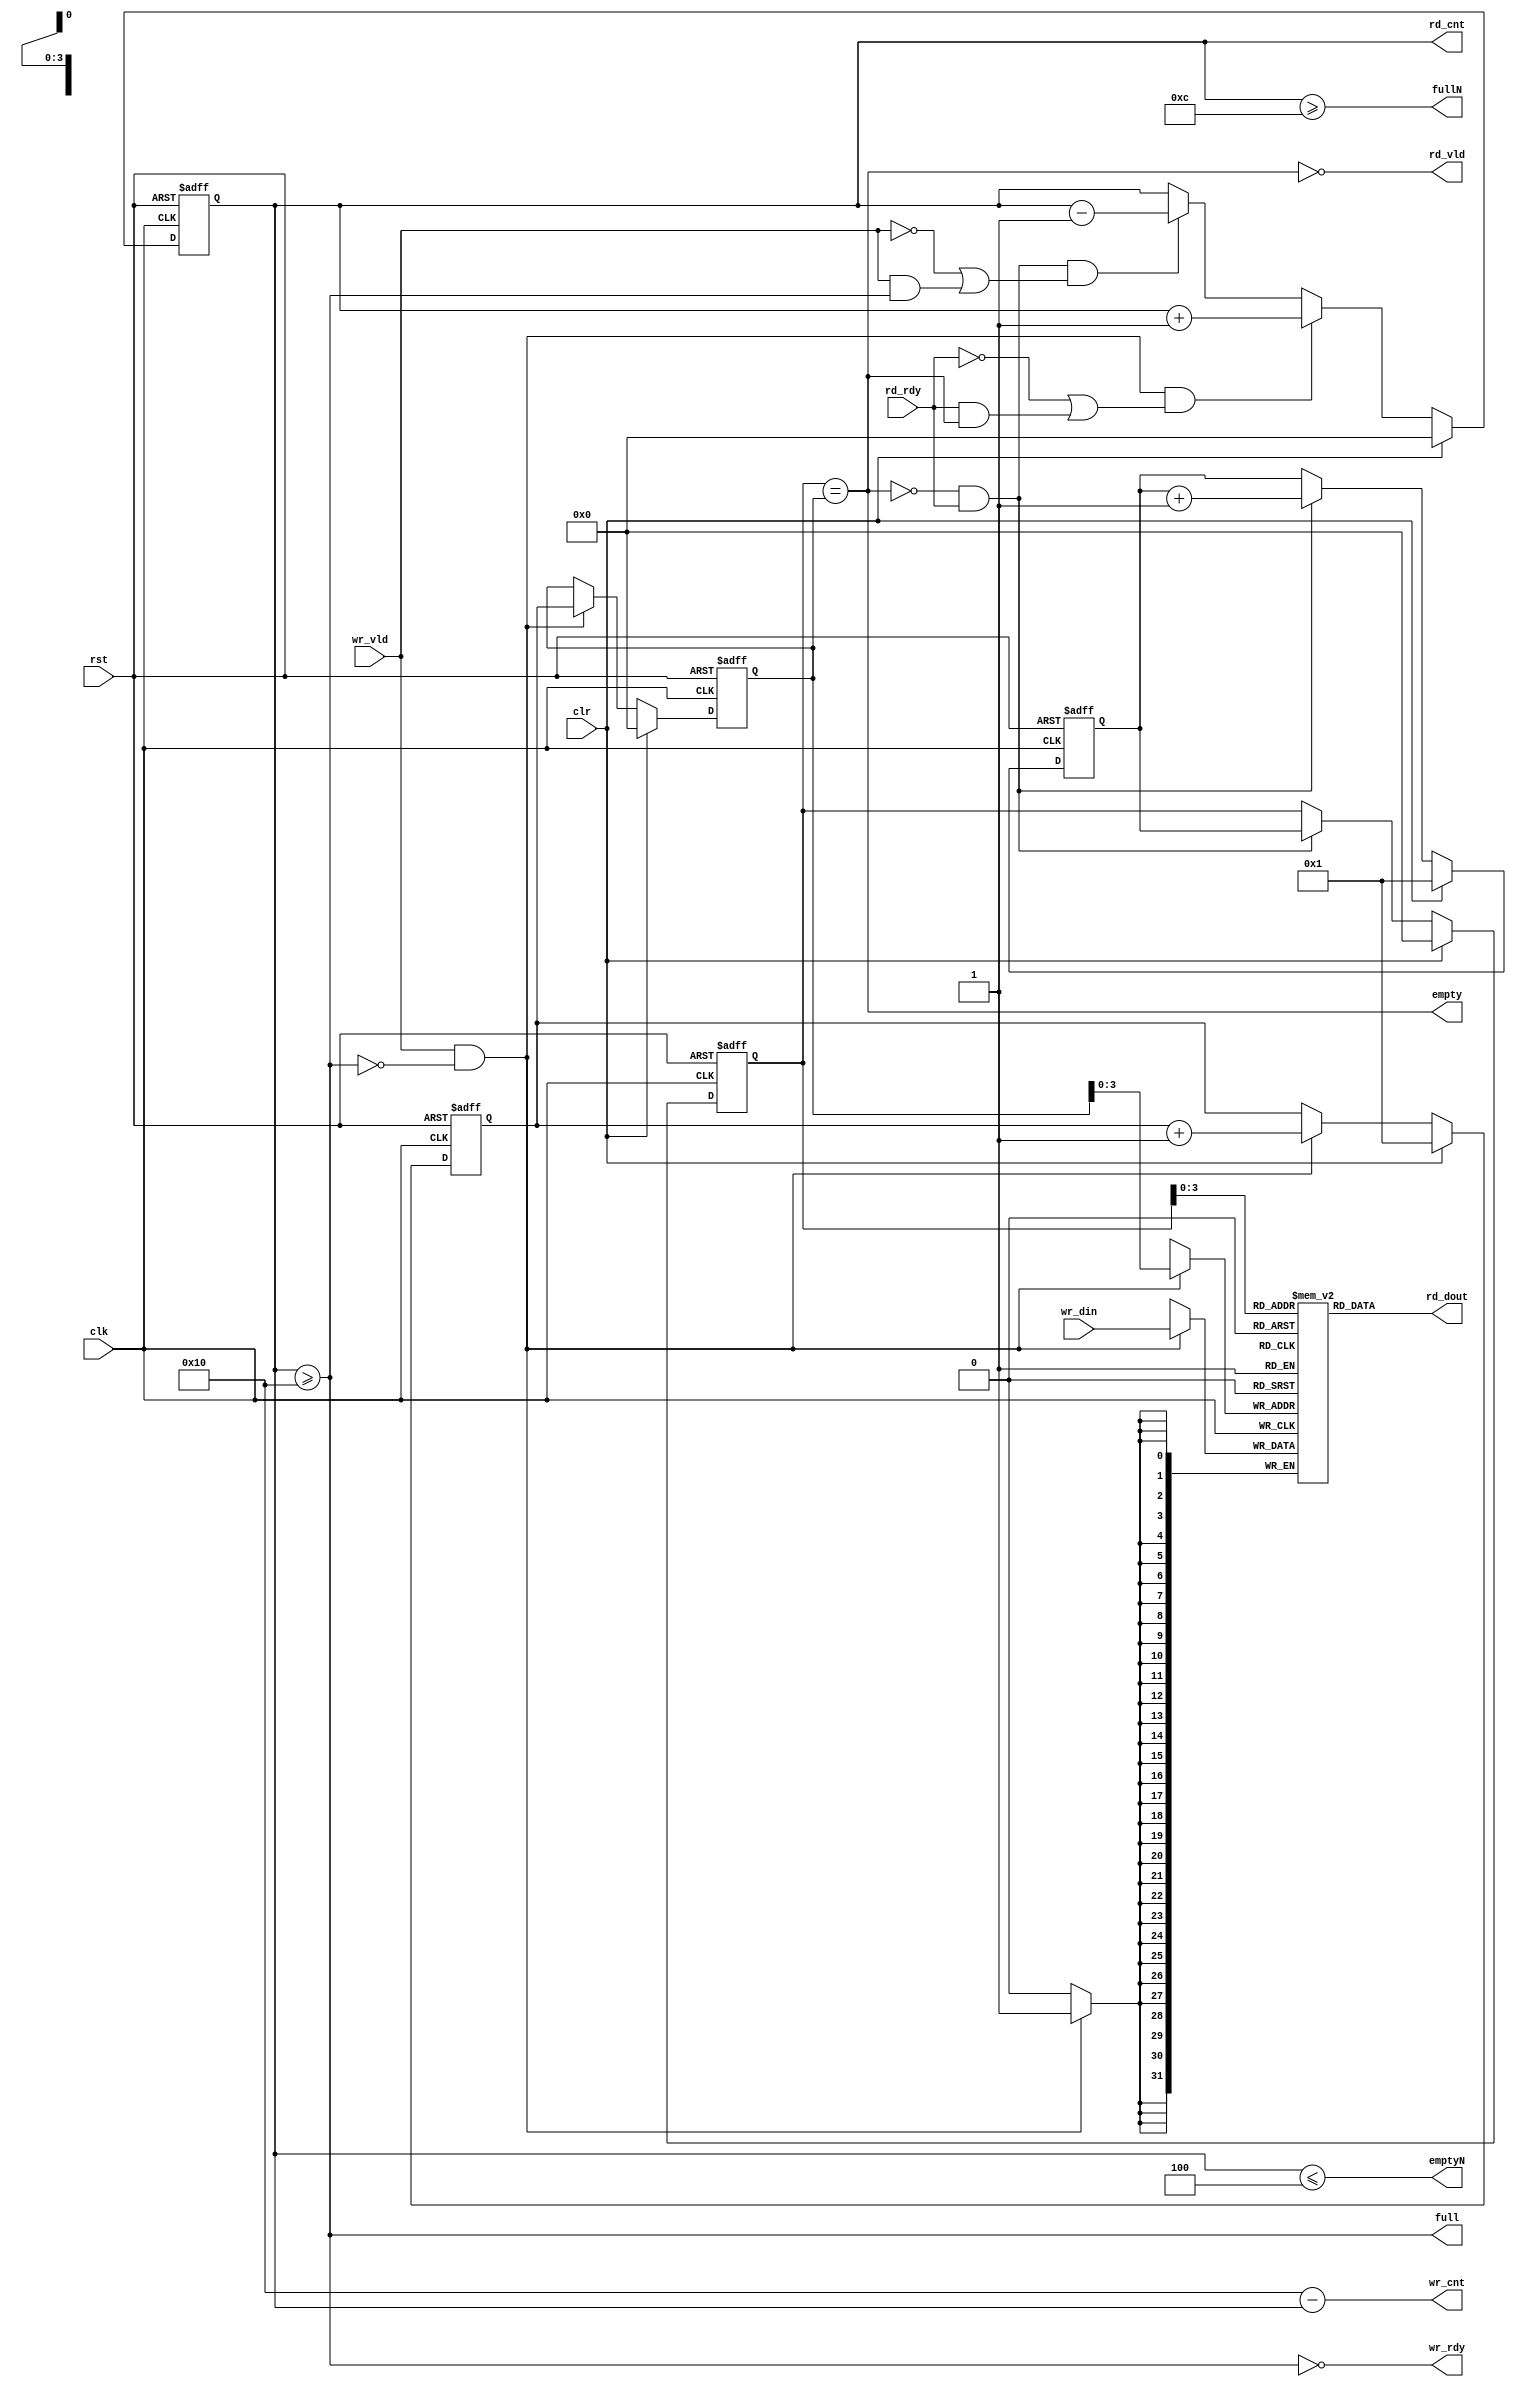
`ifndef DMA_AXI_SIMPLE_FIFO_SYNC_SMALL
   `define DMA_AXI_SIMPLE_FIFO_SYNC_SMALL
//----------------------------------------------------------------
// Synchronous FIFO
//----------------------------------------------------------------
// MACROS and PARAMETERS
//----------------------------------------------------------------
// Features
//    * ready-valid handshake protocol
//    * lookahead full and empty -- see fullN and emptyN
//    * First-Word Fall-Through, but rd_vld indicates its validity
//----------------------------------------------------------------
// Operation
//    * data moves when both ready(rdy) and valid(vld) is high.
//    * ready(rdy) means the receiver is ready to accept data.
//    * valid(vld) means the data is valid on 'data'.
//----------------------------------------------------------------
//               __     ___     ___     ___     ___
//   clk           |___|   |___|   |___|   |___|
//               _______________________________
//   wr_rdy     
//                      _______________ 
//   wr_vld      ______|       ||      |___________  
//                      _______  ______
//   wr_din      XXXXXXX__D0___XX__D1__XXXX
//               ______________                         ___
//   empty                     |_______________________|
//                                      _______________ 
//   rd_rdy      ______________________|               |___
//                                      _______________
//   rd_vld      ______________________|       ||      |___
//                                      ________ _______
//   rd_dout     XXXXXXXXXXXXXXXXXXXXXXX__D0____X__D1___XXXX
//
//   full        __________________________________________
//
//----------------------------------------------------------------
`timescale 1ns/1ns

module dma_axi_simple_fifo_sync_small
     #(parameter FDW =32,  // fifof data width (data+rid+last)
                 FAW =4,  // num of entries in 2 to the power FAW
                 FULN=4)  // lookahead-full
(
       input   wire           rst // asynchronous reset (active high)
     , input   wire           clr // synchronous reset (active high)
     , input   wire           clk
     , output  wire           wr_rdy
     , input   wire           wr_vld
     , input   wire [FDW-1:0] wr_din
     , input   wire           rd_rdy
     , output  wire           rd_vld
     , output  wire [FDW-1:0] rd_dout
     , output  wire           full
     , output  wire           empty
     , output  wire           fullN  // lookahead full
     , output  wire           emptyN // lookahead empty
     , output  reg  [FAW:0]   rd_cnt // num of elements in the FIFO to be read
     , output  wire [FAW:0]   wr_cnt // num of rooms in the FIFO to be written
);
   //---------------------------------------------------
   localparam FDT = 1<<FAW;
   //---------------------------------------------------
   reg  [FAW:0]   fifo_head; // where data to be read
   reg  [FAW:0]   fifo_tail; // where data to be written
   reg  [FAW:0]   next_tail;
   reg  [FAW:0]   next_head;
   wire [FAW-1:0] read_addr = (rd_vld&rd_rdy) ? next_head[FAW-1:0]
                                              : fifo_head[FAW-1:0];
   //---------------------------------------------------
   // accept input
   // push data item into the entry pointed by fifo_tail
   //
   always @(posedge clk or posedge rst) begin
      if (rst) begin
          fifo_tail <= 0;
          next_tail <= 1;
      end else if (clr) begin
          fifo_tail <= 0;
          next_tail <= 1;
      end else begin
          if (!full && wr_vld) begin
              fifo_tail <= next_tail;
              next_tail <= next_tail + 1;
          end 
      end
   end
   //---------------------------------------------------
   // provide output
   // pop data item from the entry pointed by fifo_head
   //
   always @(posedge clk or posedge rst) begin
      if (rst) begin
          fifo_head <= 0;
          next_head <= 1;
      end else if (clr) begin
          fifo_head <= 0;
          next_head <= 1;
      end else begin
          if (!empty && rd_rdy) begin
              fifo_head <= next_head;
              next_head <= next_head + 1;
          end
      end
   end
   //---------------------------------------------------
   // how many items in the FIFO
   //
   assign  wr_cnt = FDT-rd_cnt;
   always @(posedge clk or posedge rst) begin
      if (rst) begin
         rd_cnt <= 0;
      end else if (clr) begin
         rd_cnt <= 0;
      end else begin
         if (wr_vld&&!full&&(!rd_rdy||(rd_rdy&&empty))) begin
             rd_cnt <= rd_cnt + 1;
         end else
         if (rd_rdy&&!empty&&(!wr_vld||(wr_vld&&full))) begin
             rd_cnt <= rd_cnt - 1;
         end
      end
   end
   
   //---------------------------------------------------
   assign rd_vld = ~empty;
   assign wr_rdy = ~full;
   assign empty  = (fifo_head == fifo_tail);
   assign full   = (rd_cnt>=FDT);
   //---------------------------------------------------
   assign fullN  = (rd_cnt>=(FDT-FULN));
   assign emptyN = (rd_cnt<=FULN);
   
   //---------------------------------------------------
   // synopsys translate_off
//`ifdef RIGOR
   //always @ (posedge clk) begin
   //    if (full) $display($time,,"%m: synchronous fifo full.....");
   //end
   always @(negedge clk or posedge rst) begin
      if (!rst&&!clr) begin
          if ((rd_cnt==0)&&(!empty))
             $display($time,, "%m: empty flag mis-match: %d", rd_cnt);
          if ((rd_cnt==FDT)&&(!full))
             $display($time,, "%m: full flag mis-match: %d", rd_cnt);
          if (rd_cnt>FDT)
             $display($time,, "%m: fifo handling error: rd_cnt>FDT %d:%d", rd_cnt, FDT);
          if ((rd_cnt+wr_cnt)!=FDT)
             $display($time,, "%m: count mis-match: rd_cnt:wr_cnt %d:%d", rd_cnt, wr_cnt);
      end
   end
//`endif
   // synopsys translate_on
   //---------------------------------------------------

   reg [FDW-1:0] Mem [0:FDT-1];
   assign rd_dout  = Mem[fifo_head[FAW-1:0]];
   always @(posedge clk) begin
       if (!full && wr_vld) begin
           Mem[fifo_tail[FAW-1:0]] <= wr_din;
       end
   end
   //---------------------------------------------------
endmodule
//----------------------------------------------------------------
// Revision History
//
// 2013.12.20: Starting [adki]
//----------------------------------------------------------------
`endif